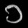
Digit: ၁